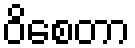
ဝိစေတာ